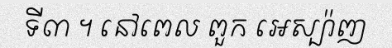
ទី៣ ។ នៅពេល ពួក អេស្ប៉ាញ